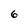
Character: 6